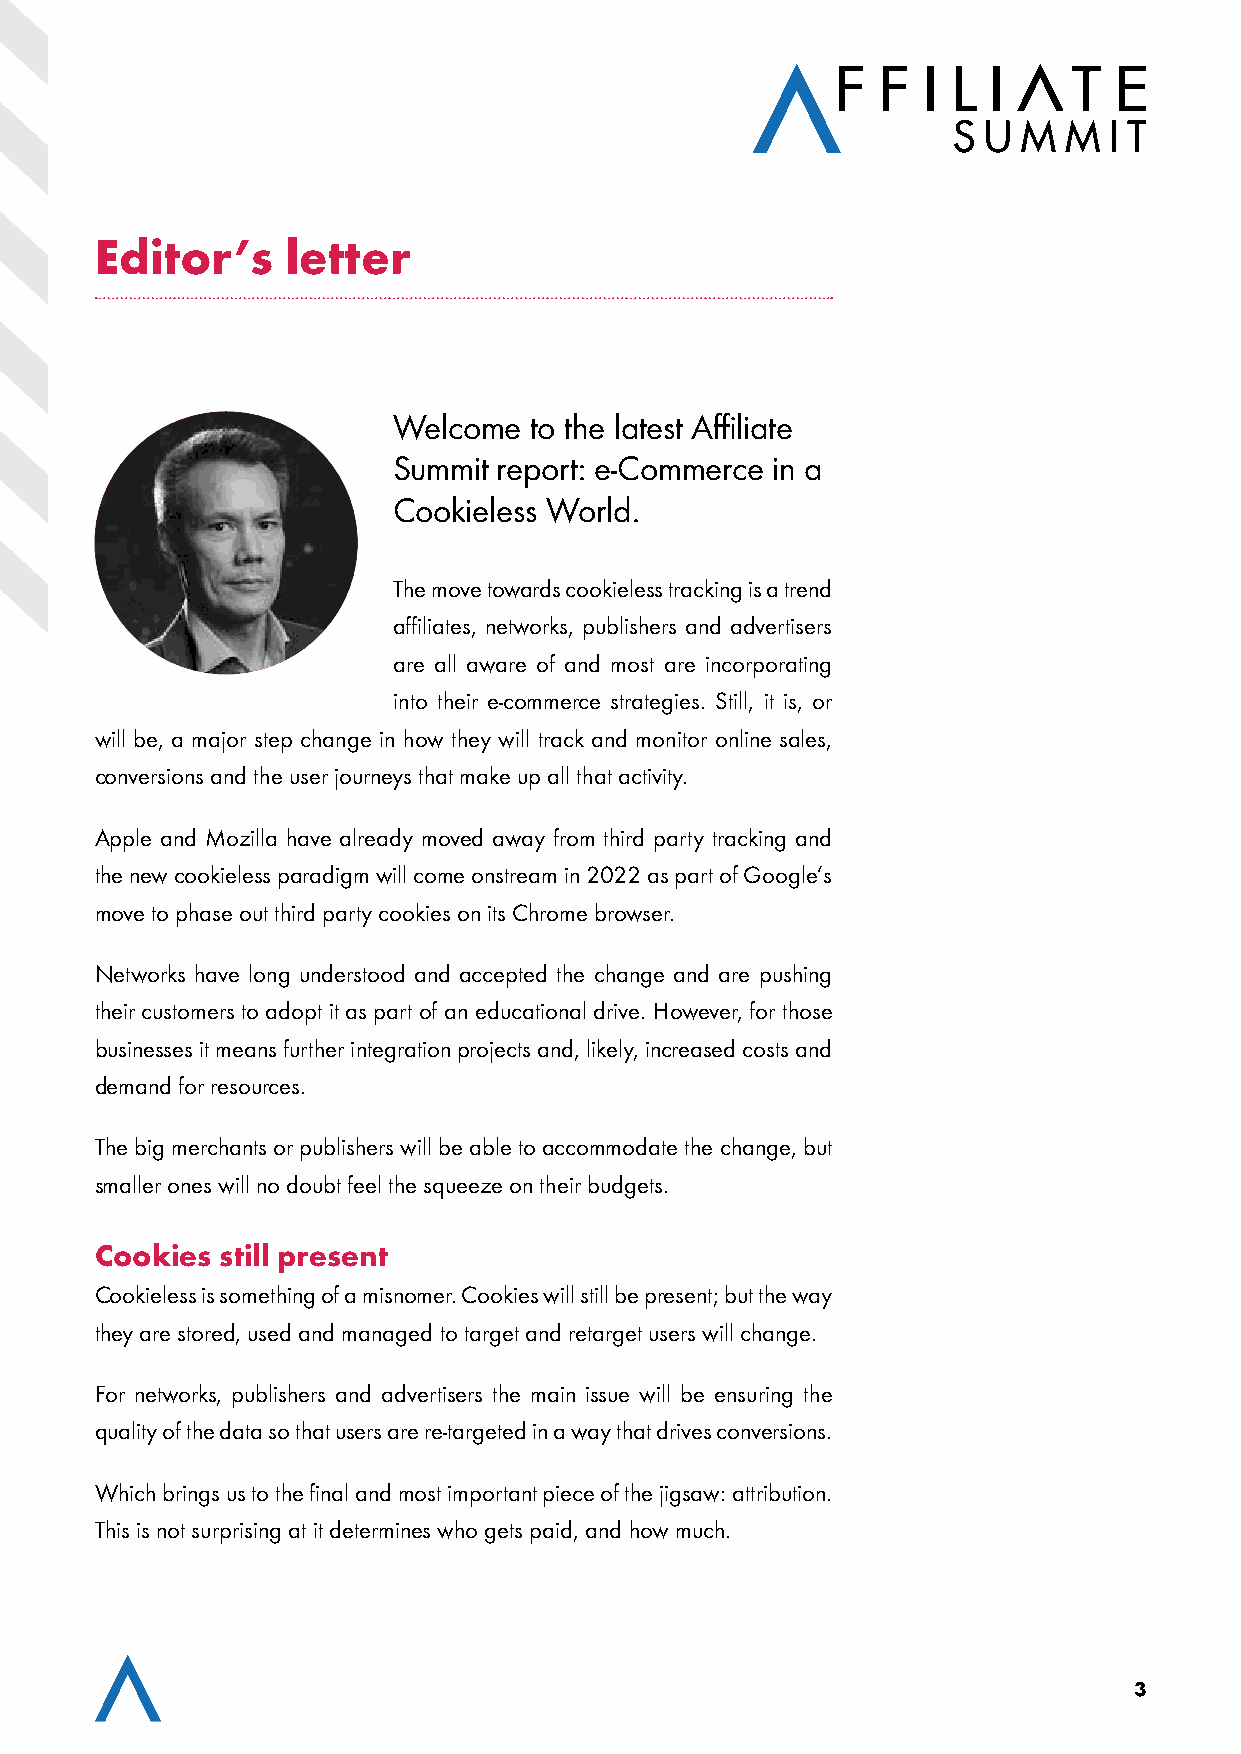
Editor’s     letter
 Welcome  to the latest Affiliate
 Summit report: e-Commerce in a
 Cookieless World.
 The move towards cookieless tracking is a trend
 affiliates, networks, publishers and advertisers
 are all aware of and most are incorporating
 into their e-commerce strategies. Still, it is, or
 will be, a major step change in how they will track and monitor online sales,
 conversions and the user journeys that make up all that activity.
 Apple and Mozilla have already moved away from third party tracking and
 the new cookieless paradigm will come onstream in 2022 as part of Google’s
 move to phase out third party cookies on its Chrome browser.
 Networks have long understood and accepted the change and are pushing
 their customers to adopt it as part of an educational drive. However, for those
 businesses it means further integration projects and, likely, increased costs and
 demand for resources.
 The big merchants or publishers will be able to accommodate the change, but
 smaller ones will no doubt feel the squeeze on their budgets.
 Cookies  still present
 Cookieless is something of a misnomer. Cookies will still be present; but the way
 they are stored, used and managed to target and retarget users will change.
 For networks, publishers and advertisers the main issue will be ensuring the
 quality of the data so that users are re-targeted in a way that drives conversions.
 Which brings us to the final and most important piece of the jigsaw: attribution.
 This is not surprising at it determines who gets paid, and how much.
 3